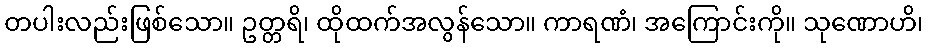
တပါးလည်းဖြစ်သော။ ဥတ္တရိ၊ ထိုထက်အလွန်သော။ ကာရဏံ၊ အကြောင်းကို။ သုဏောဟိ၊